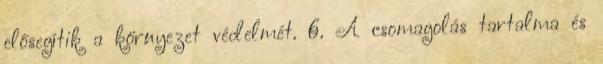
elősegítik a környezet védelmét. 6. A csomagolás tartalma és